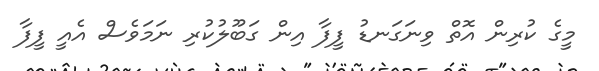
މީގެ ކުރިން އޮތް ވިނަގަނޑު ފީފާ އިން ގަބޫލުކުރި ނަމަވެސް އެއީ ފީފާ